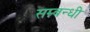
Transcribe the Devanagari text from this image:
सम्न्बन्धी